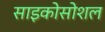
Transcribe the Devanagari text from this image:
साइकोसोशल